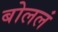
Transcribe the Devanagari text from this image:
बोललं